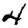
Digit: 4